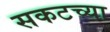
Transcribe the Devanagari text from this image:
सकटच्या